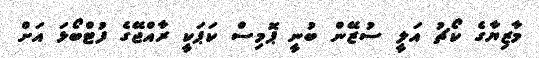
މާޒިޔާގެ ކޯޗު އަލީ ސުޒޭން ބުނީ ޕޮމިސް ކަޕަކީ ރާއްޖޭގެ ފުޓްބޯޅަ އަށް